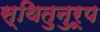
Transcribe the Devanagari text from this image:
स्थितुनुरूप